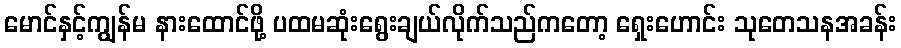
မောင်နှင့်ကျွန်မ နားထောင်ဖို့ ပထမဆုံးရွေးချယ်လိုက်သည်ကတော့ ရှေးဟောင်း သုတေသနအခန်း